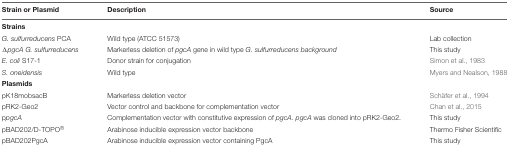
<table><thead><tr><td><b>Strain or Plasmid</b></td><td><b>Description</b></td><td><b>Source</b></td></tr></thead><tbody><tr><td><b>Strains</b></td><td></td><td></td></tr><tr><td><i>G. sulfurreducens</i> PCA</td><td>Wild type (ATCC 51573)</td><td>Lab collection</td></tr><tr><td>Δ<i>pgcA G. sulfurreducens</i></td><td>Markerless deletion of <i>pgcA</i> gene in wild type <i>G. sulfurreducens background</i></td><td>This study</td></tr><tr><td><i>E. coli</i> S17-1</td><td>Donor strain for conjugation</td><td>Simon et al., 1983</td></tr><tr><td><i>S. oneidensis</i></td><td>Wild type</td><td>Myers and Nealson, 1988</td></tr><tr><td><b>Plasmids</b></td><td></td><td></td></tr><tr><td>pK18mobsacB</td><td>Markerless deletion vector</td><td>Schäfer et al., 1994</td></tr><tr><td>pRK2-Geo2</td><td>Vector control and backbone for complementation vector</td><td>Chan et al., 2015</td></tr><tr><td>p<i>pgcA</i></td><td>Complementation vector with constitutive expression of <i>pgcA. pgcA</i> was cloned into pRK2-Geo2.</td><td>This study</td></tr><tr><td>pBAD202/D-TOPO<sup>®</sup></td><td>Arabinose inducible expression vector backbone</td><td>Thermo Fisher Scientific</td></tr><tr><td>pBAD202PgcA</td><td>Arabinose inducible expression vector containing PgcA</td><td>This study</td></tr></tbody></table>